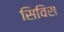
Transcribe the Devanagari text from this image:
सिविस